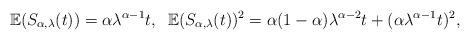
LaTeX: \begin{align*}\mathbb{E}(S_{\alpha, \lambda}(t)) = \alpha \lambda^{\alpha-1}t, \;\; \mathbb{E}(S_{\alpha, \lambda}(t))^2 = \alpha(1-\alpha) \lambda^{\alpha-2}t + (\alpha \lambda^{\alpha-1}t)^2, \end{align*}